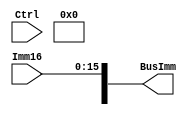
module SignExtender(BusImm, Imm16, Ctrl);
output [31:0] BusImm;
input [15:0] Imm16;
input Ctrl;

wire lastBit;
assign #1 lastBit = (Ctrl ? 1'b0 : Imm16[15]);
assign BusImm = {{extBit}, Imm16};

endmodule